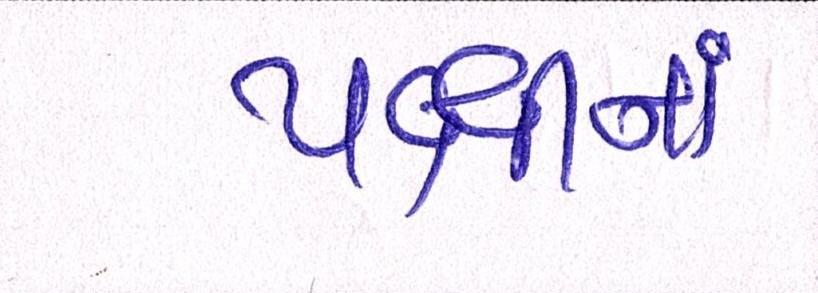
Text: પક્ષીનાં